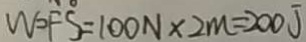
W = F S = 1 0 0 N \times 2 m = 2 0 0 J